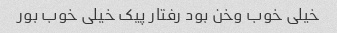
خیلی خوب وخن بود رفتار پیک خیلی خوب بور